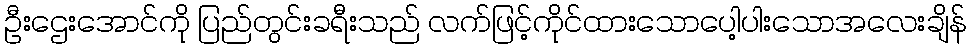
ဦးဌေးအောင်ကို ပြည်တွင်းခရီးသည် လက်ဖြင့်ကိုင်ထားသောပေါ့ပါးသောအလေးချိန်